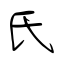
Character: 氏